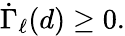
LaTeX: \begin{array}{r}{\dot{\Gamma}_{\ell}(d)\geq 0.}\end{array}